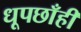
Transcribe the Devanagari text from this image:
धूपछाँही